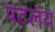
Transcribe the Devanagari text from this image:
पटलंय